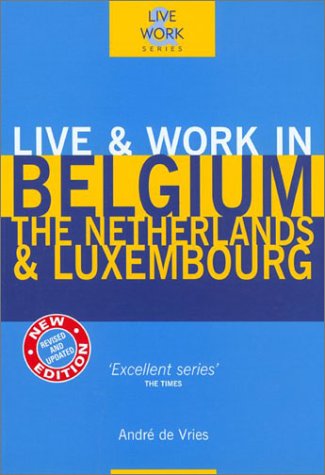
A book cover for Live & Work in Belgium, The Netherlands & Luxembourg, 3rd (Live & Work - Vacation Work Publications); Andre de Vries; Travel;